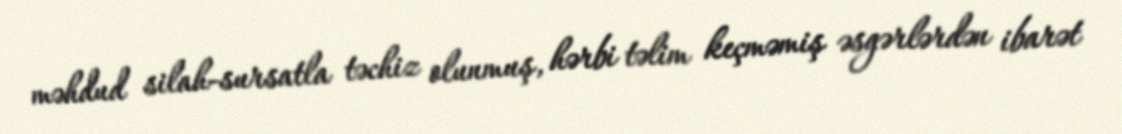
məhdud silah-sursatla təchiz olunmuş, hərbi təlim keçməmiş əsgərlərdən ibarət